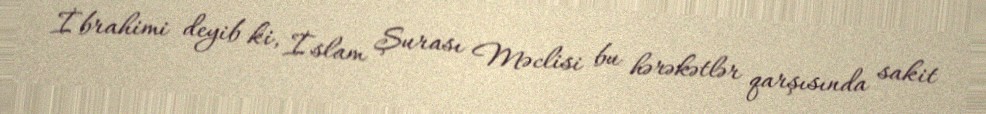
İbrahimi deyib ki, İslam Şurası Məclisi bu hərəkətlər qarşısında sakit